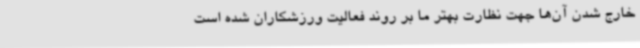
خارج شدن آن‌ها جهت نظارت بهتر ما بر روند فعالیت ورزشکاران شده است